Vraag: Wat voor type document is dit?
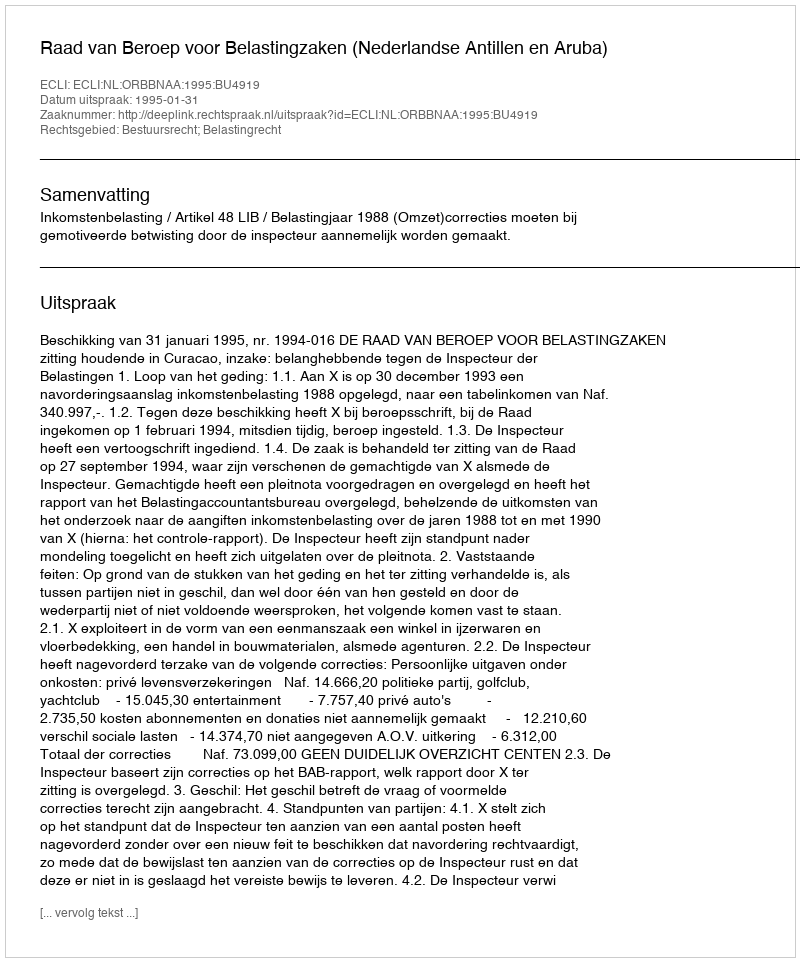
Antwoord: Uitspraak